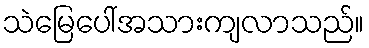
သဲမြေပေါ်အသားကျလာသည်။